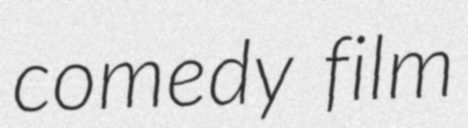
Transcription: comedy film